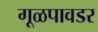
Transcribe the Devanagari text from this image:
गूळपावडर